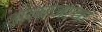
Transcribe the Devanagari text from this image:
अंत्यजाचा